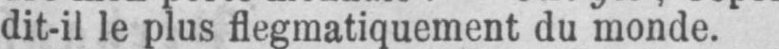
dit-il le plus flegmatiquement du monde.